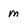
Character: m